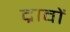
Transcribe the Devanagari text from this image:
द्रावों